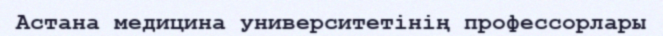
Астана медицина университетінің профессорлары